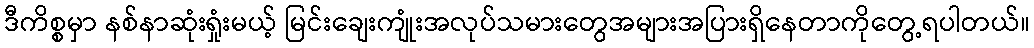
ဒီကိစ္စမှာ နစ်နာဆုံးရှုံးမယ့် မြင်းချေးကျုံးအလုပ်သမားတွေအများအပြားရှိနေတာကိုတွေ့ရပါတယ်။